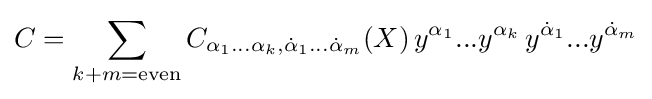
C=\sum _{k+m={\text{even}}}C_{\alpha _{1}...\alpha _{k},{\dot {\alpha }}_{1}...{\dot {\alpha }}_{m}}(X)\,y^{\alpha _{1}}...y^{\alpha _{k}}\,y^{{\dot {\alpha }}_{1}}...y^{{\dot {\alpha }}_{m}}